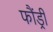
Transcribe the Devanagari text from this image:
फौंड्री